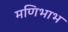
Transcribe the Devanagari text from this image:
मणिभाभ